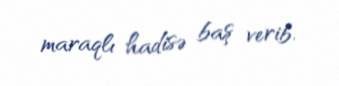
maraqlı hadisə baş verib.